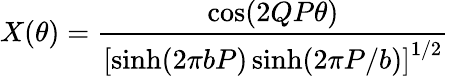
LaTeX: X(\theta)=\frac{\cos(2QP\theta)}{\left[\sinh(2\pi bP)\sinh(2\pi P/b)\right]^{1/2}}